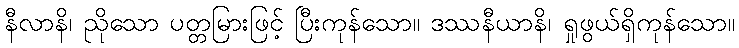
နီလာနိ၊ ညိုသော ပတ္တမြားဖြင့် ပြီးကုန်သော။ ဒဿနီယာနိ၊ ရှုဖွယ်ရှိကုန်သော။